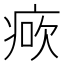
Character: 𤶺